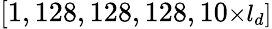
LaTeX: [1,128,128,128,10\small{\times}l_{d}]